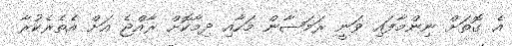
އެ ގޮތަށް ނިންމާފައި ވަނީ ރަމަޟާން މަހާއި ދިމާކޮށް ރާއްޖެ އަށް އެތެރެކުރާ